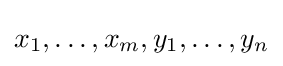
x_{1},\dots ,x_{m},y_{1},\dots ,y_{n}